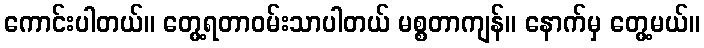
ကောင်းပါတယ်။ တွေ့ရတာဝမ်းသာပါတယ် မစ္စတာကျန်။ နောက်မှ တွေ့မယ်။